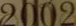
2002